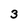
Character: 3